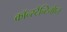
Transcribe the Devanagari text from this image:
कॉन्स्टैन्टिनोप्ल